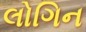
લોગિન